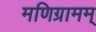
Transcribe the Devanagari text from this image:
मणिग्रामम्